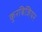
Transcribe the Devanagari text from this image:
कुरबिजियर